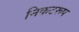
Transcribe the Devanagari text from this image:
निकटरूप